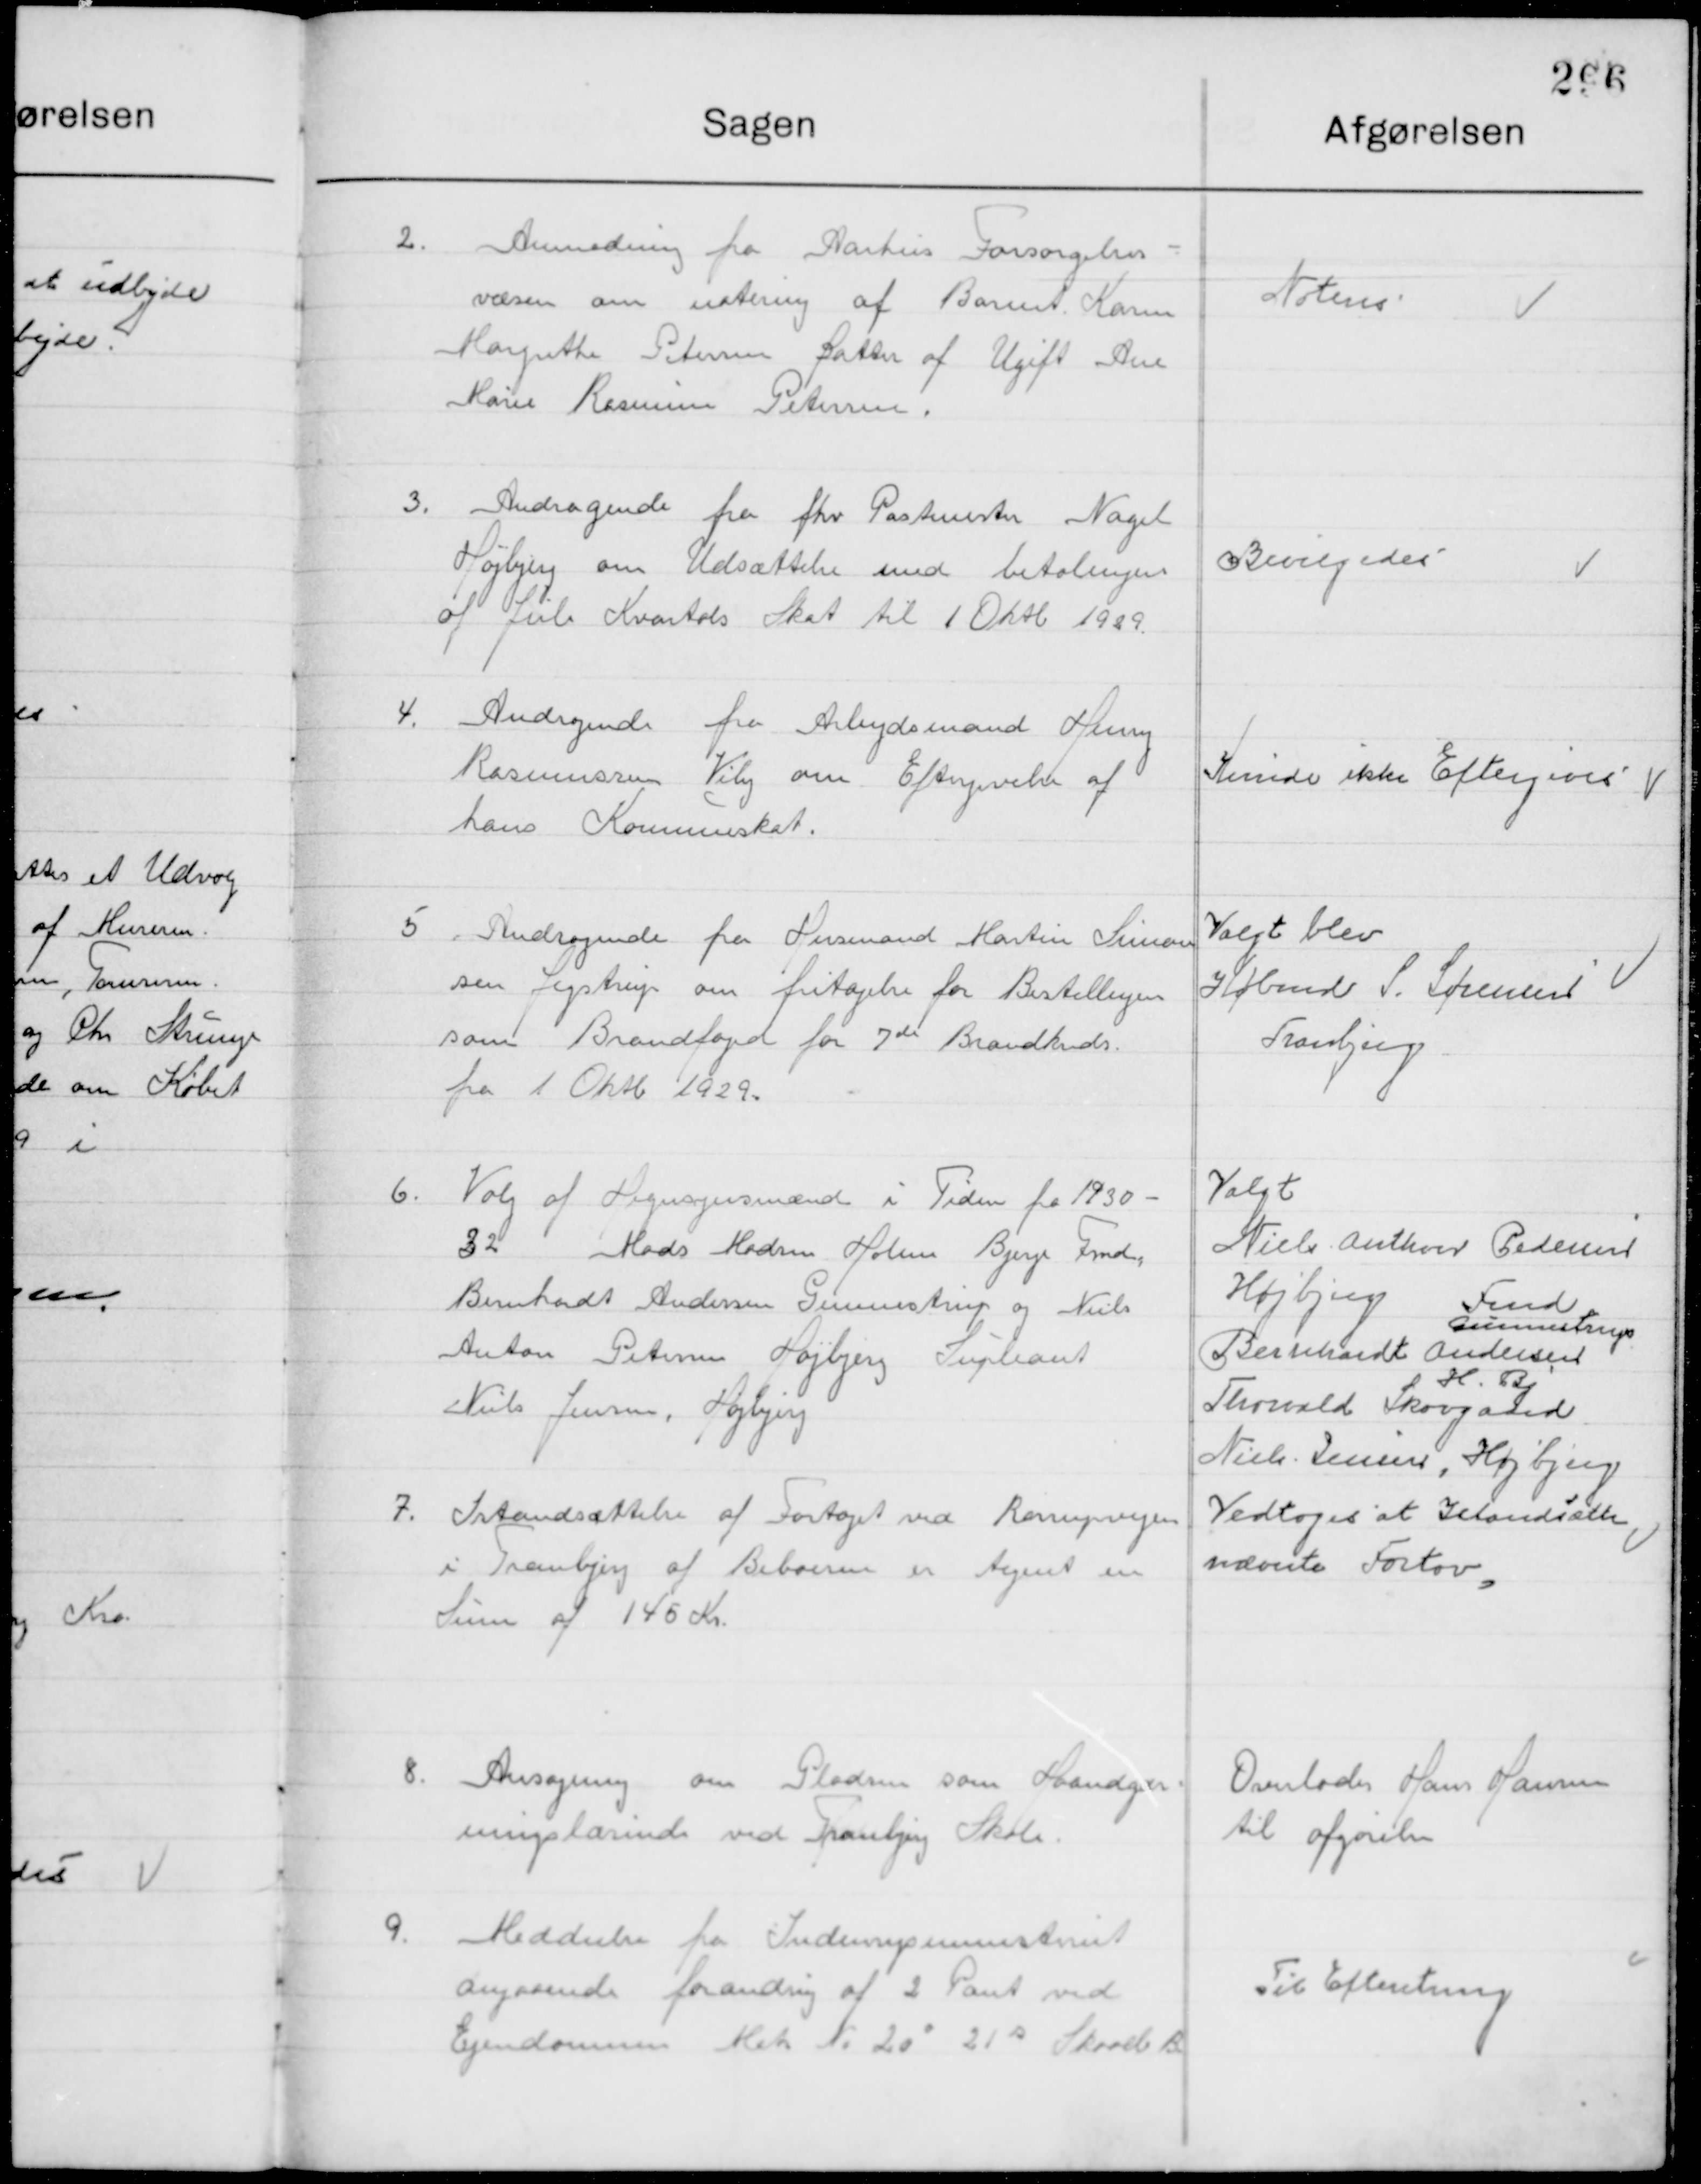
Transskription:
2

Anmodning fra Aarhus Forsørgelses-
Væsen om notering af Barnet Karen 
Margrethe Petersen Datter af Ugift Ane 
Karen Rasmine Petersen

Noteres

3

Andragende fra fhv. Postmester Nagel
Højbjerg om Udsættelse med betalingen 
Af Juli Kvartals Skat til 1 Oktbr. 1929.

Bevilgedes

4

Andragende fra Arbejdsmand Henry
Rasmussen Viby om Eftergivelse af  
Hans Kommuneskat.

Kunde ikke Eftergives

5

Andragende fra Husmand Martin Simon-
sen Lystrup om fritagelse for Bestillingen
som Brandfoged for 7de Brandkreds
fra 1 Oktb. 1929.

Valgt blev
Købmand S. Sørensen
Tranbjerg

6

Valg af Hegnsynsmænd i Tiden fra 1930-
32 Mads Madsen Holme Bjerge Fmd.
Bernhardt Andersen Gunnestrup og Niels
Anton Petersen Højbjerg Supplant
Niels Jensen Højbjerg

Valgt
Niels Anthon Pedersen
Højbjerg 
Bernhardt Andersen 
Fmd.
Gunnestrup
Thorvald Skovgaard
H. Bj.
Niels Jensen, Højbjerg

7

Istandsættelse af Fortoget ved Ranrupvejen
i Tranbjerg af Beboerne er tegnet en
Sum af 145 Kr.

Vedtoges at Istandsætte
Nævnte Fortov

8

Ansøgning om Pladsen som Haandger-
ningslærinde ved Tranbjerg Skole

Overlodes Hans Hansen
til afgørelse

9

Meddelelse fra Indenrigsministeriet
angaaende forandring af 2 Pant ved
Ejendommen Matr. No. 20 s 21 s Skaade B

Til Efterretning